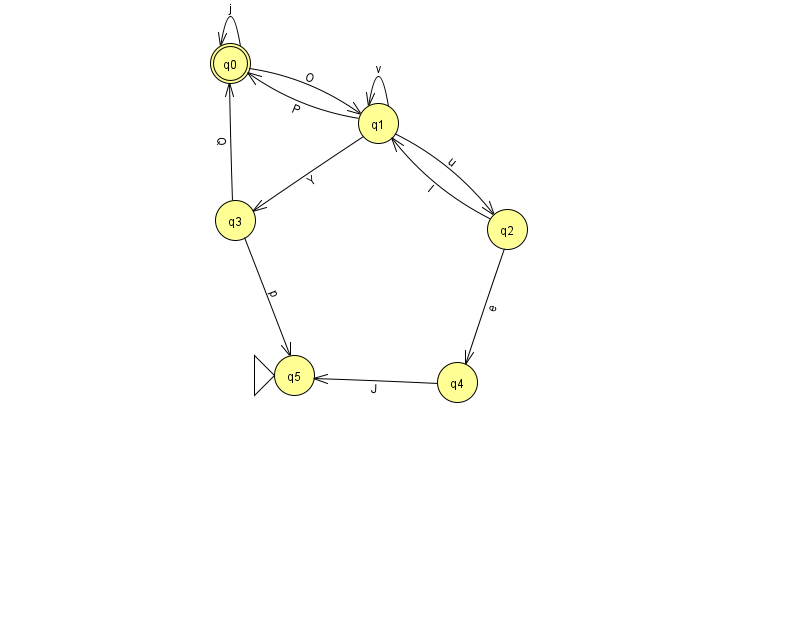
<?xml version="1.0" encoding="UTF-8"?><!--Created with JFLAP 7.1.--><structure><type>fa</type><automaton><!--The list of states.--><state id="0" name="q0"><x>230.0</x><y>50.0</y><final/></state><state id="1" name="q1"><x>378.0</x><y>110.0</y></state><state id="2" name="q2"><x>507.0</x><y>216.0</y></state><state id="3" name="q3"><x>235.0</x><y>207.0</y></state><state id="4" name="q4"><x>457.0</x><y>369.0</y></state><state id="5" name="q5"><x>294.0</x><y>362.0</y><initial/></state><!--The list of transitions.--><transition><from>1</from><to>2</to><read>u</read></transition><transition><from>3</from><to>5</to><read>p</read></transition><transition><from>0</from><to>1</to><read>O</read></transition><transition><from>4</from><to>5</to><read>J</read></transition><transition><from>1</from><to>1</to><read>v</read></transition><transition><from>2</from><to>1</to><read>l</read></transition><transition><from>0</from><to>0</to><read>j</read></transition><transition><from>1</from><to>0</to><read>P</read></transition><transition><from>2</from><to>4</to><read>e</read></transition><transition><from>3</from><to>0</to><read>Q</read></transition><transition><from>1</from><to>3</to><read>Y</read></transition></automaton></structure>